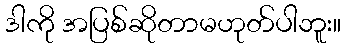
ဒါကို အပြစ်ဆိုတာမဟုတ်ပါဘူး။